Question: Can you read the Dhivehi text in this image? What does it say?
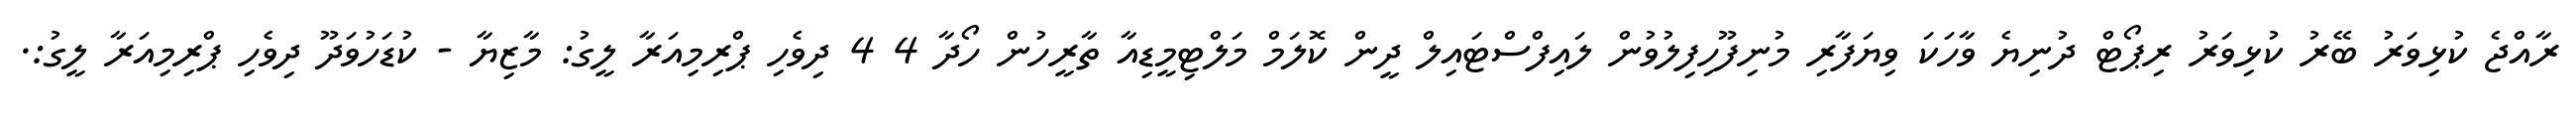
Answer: ރާއްޖެ ކުޅިވަރު ބޭރު ކުޅިވަރު ރިޕޯޓް ދުނިޔެ ވާހަކަ ވިޔަފާރި މުނިފޫހިފިލުވުން ލައިފްސްޓައިލް ދީން ކޮލަމް މަލްޓިމީޑިއާ ތާރީހުން ހޯދާ 4 4 ދިވެހި ޕްރިމިއަރާ ލީގު: މާޒިޔާ - ކުޑަހުވަދޫ ދިވެހި ޕްރިމިއަރާ ލީގު:.